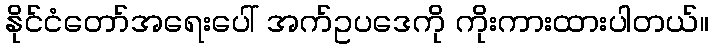
နိုင်ငံတော်အရေးပေါ် အက်ဥပဒေကို ကိုးကားထားပါတယ်။